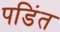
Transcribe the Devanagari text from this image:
पडिंत